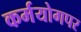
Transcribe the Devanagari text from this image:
कर्मयोगपर